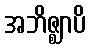
အဘိဇ္ဈာပိ